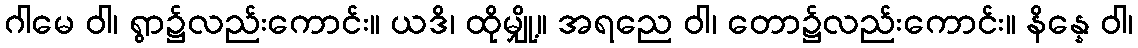
ဂါမေ ဝါ၊ ရွာ၌လည်းကောင်း။ ယဒိ၊ ထိုမျှို့။ အရညေ ဝါ၊ တော၌လည်းကောင်း။ နိန္နေ ဝါ၊